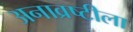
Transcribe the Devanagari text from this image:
अनाव्रष्टीला